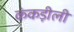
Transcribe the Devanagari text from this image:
कंकड़ीली